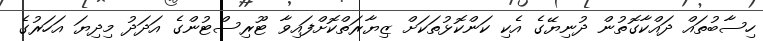
ހިސާބުތައް ދައްކާގޮތުން ދުނިޔޭގެ އެކި ކަންކޮޅުތަކަށް ޒިޔާރަތްކޮށްފައިވާ ޓޫރިސްޓުންގެ އަދަދު މިދިޔަ އަހަރުގެ